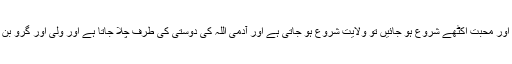
اگر مذہب اور محبت اکٹھے شروع ہو جائیں تو ولایت شروع ہو جاتی ہے اور آدمی اللہ کی دوستی کی طرف چلا جاتا ہے اور ولی اور گرو بن جاتا ہے ۔